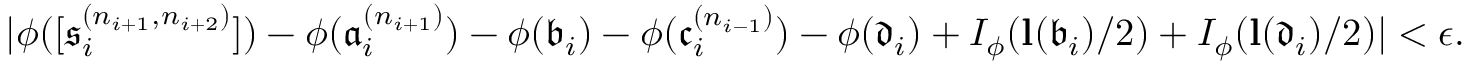
| \phi ( [ \mathfrak { s } _ { i } ^ { ( n _ { i + 1 } , n _ { i + 2 } ) } ] ) - \phi ( \mathfrak { a } _ { i } ^ { ( n _ { i + 1 } ) } ) - \phi ( \mathfrak { b } _ { i } ) - \phi ( \mathfrak { c } _ { i } ^ { ( n _ { i - 1 } ) } ) - \phi ( \mathfrak { d } _ { i } ) + I _ { \phi } ( \mathbf { { l } } ( \mathfrak { b } _ { i } ) / 2 ) + I _ { \phi } ( \mathbf { { l } } ( \mathfrak { d } _ { i } ) / 2 ) | < \epsilon .